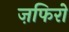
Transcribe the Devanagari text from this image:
ज़फिरो